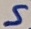
Text: S